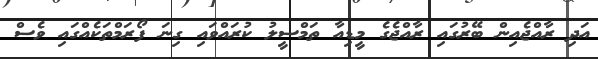
އަދި ރާއްޖެއިން ބޭރުގައި ރާއްޖެގެ މީޑިއާ ތަމްސީލު ކުރައްވައި ގިނަ ފޯރަމްތަކެއްގައި ވެސް